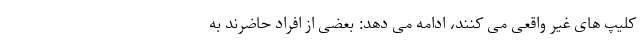
کلیپ هاى غیر واقعى مى کنند، ادامه مى دهد: بعضى از افراد حاضرند به